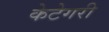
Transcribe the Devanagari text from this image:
केटेगरी